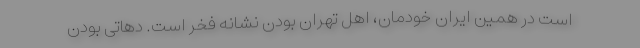
است در همین ایران خودمان، اهل تهران بودن نشانه فخر است. دهاتی بودن